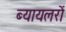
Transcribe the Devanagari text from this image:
ब्यायलरों